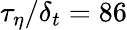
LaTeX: \tau_{\eta}/\delta_{t}=86